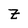
Character: B